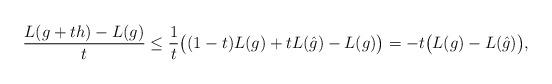
LaTeX: \begin{align*}\frac{L(g+th)-L(g)}{t}\leq {1 \over t}\big((1-t)L(g)+t L(\hat{g})-L(g)\big)=-t\big(L(g)-L(\hat{g})\big),\end{align*}